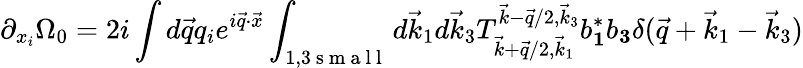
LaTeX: \partial_{{x}_{i}}\Omega_{0}=2i\int d\vec{q}q_{i}e^{i\vec{q}\cdot\vec{x}}\int_{1,3\mathrm{~s~m~a~l~l~}}d\vec{k}_{1}d\vec{k}_{3}T_{\vec{k}+\vec{q}/2,\vec{k}_{1}}^{\vec{k}-\vec{q}/2,\vec{k}_{3}}b_{\mathbf 1}^{*}b_{\mathbf 3}\delta(\vec{q}+\vec{k}_{1}-\vec{k}_{3})